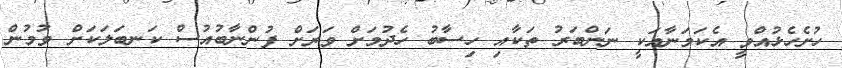
ހުށެހެޅުއްވީ އެކަމަނާއަކީ ނަަންބަރު ތަކާއި ހިސާބު ހެދުމަށް ވަރަށް ފުންނާބުއުސް ކަނބަލަކަށް ވުމުން